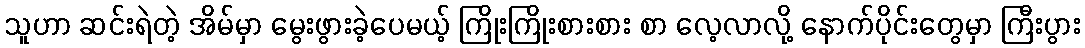
သူဟာ ဆင်းရဲတဲ့ အိမ်မှာ မွေးဖွားခဲ့ပေမယ့် ကြိုးကြိုးစားစား စာ လေ့လာလို့ နောက်ပိုင်းတွေမှာ ကြီးပွား